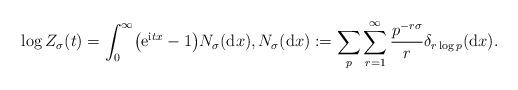
LaTeX: \begin{align*} \log Z_{\sigma}(t) = \int_0^{\infty}\bigl(\mathrm{e}^{\mathrm{i}tx}-1 \bigr)N_{\sigma}(\mathrm{d}x), N_{\sigma}(\mathrm{d}x):=\sum_{p}\sum_{r=1}^{\infty}\frac{p^{-r\sigma}}{r}\delta _{r\log p}(\mathrm{d}x).\end{align*}